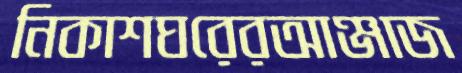
নিকাশঘরেরআঞ্জাজ